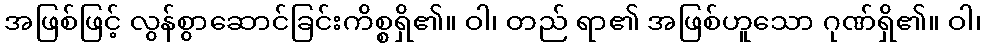
အဖြစ်ဖြင့် လွန်စွာဆောင်ခြင်းကိစ္စရှိ၏။ ဝါ၊ တည် ရာ၏ အဖြစ်ဟူသော ဂုဏ်ရှိ၏။ ဝါ၊